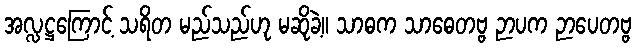
အလ္လဋ္ဌကြောင့် သရိတ မည်သည်ဟု မဆိုခဲ့။ သာဓက သာဓေတဗ္ဗ ဉာပက ဉာပေတဗ္ဗ